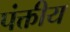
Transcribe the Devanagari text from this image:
पंक्तीय